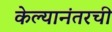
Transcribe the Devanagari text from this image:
केल्यानंतरची